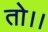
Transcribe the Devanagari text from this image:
तो।।